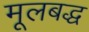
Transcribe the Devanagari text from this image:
मूलबद्ध